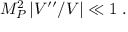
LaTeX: M _ { P } ^ { 2 } \left| V ^ { \prime \prime } / V \right| \ll 1 \; .